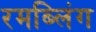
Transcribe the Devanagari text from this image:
रमब्लिंग